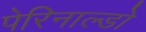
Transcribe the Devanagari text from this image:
पेरिनाल्डो